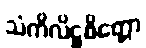
သံကိလိဋ္ဌစိတ္တော